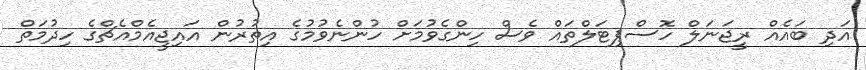
އަދި ބައެއް ރީޖަނަލް ހޮސްޕިޓަލްތައް ވެސް ހިންގެވުމަށް ހުންނެވުމުގެ އިތުރުން އައިޖީއެމްއެޗްގެ ހިދުމަތް